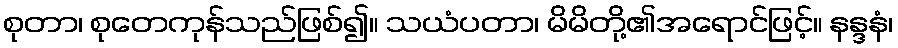
စုတာ၊ စုတေကုန်သည်ဖြစ်၍။ သယံပတာ၊ မိမိတို့၏အရောင်ဖြင့်။ နန္ဒနံ၊